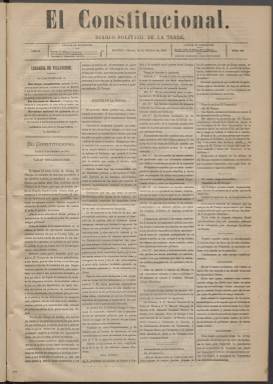
Título: El Constitucional (Madrid. 1881)
Colección: Periódicos
Ámbito geográfico: Madrid
Lugar de publicación: Madrid
Fechas: 15/02/1881-06/06/1885